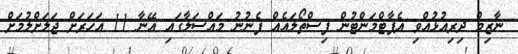
ނާޒިމް ދިރިއުޅުއްވި އެޕާޓްމަންޓުން ފިސްތޯލައެއް ފެނުނު މައްސަލާގައި އޭނާ 11 އަހަރަށް ޖަލަށްލުމަށް